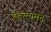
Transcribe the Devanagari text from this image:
हेबरमासने